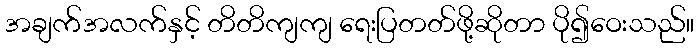
အချက်အလက်နှင့် တိတိကျကျ ရေးပြတတ်ဖို့ဆိုတာ ပို၍ဝေးသည်။